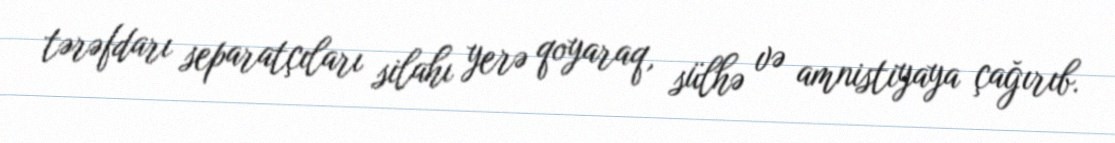
tərəfdarı separatçıları silahı yerə qoyaraq, sülhə və amnistiyaya çağırıb.